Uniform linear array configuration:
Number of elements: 24
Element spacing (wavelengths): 0.75
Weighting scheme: exponential
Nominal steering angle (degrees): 0
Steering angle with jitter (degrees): -1.916
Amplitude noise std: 0.05
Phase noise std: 0.05

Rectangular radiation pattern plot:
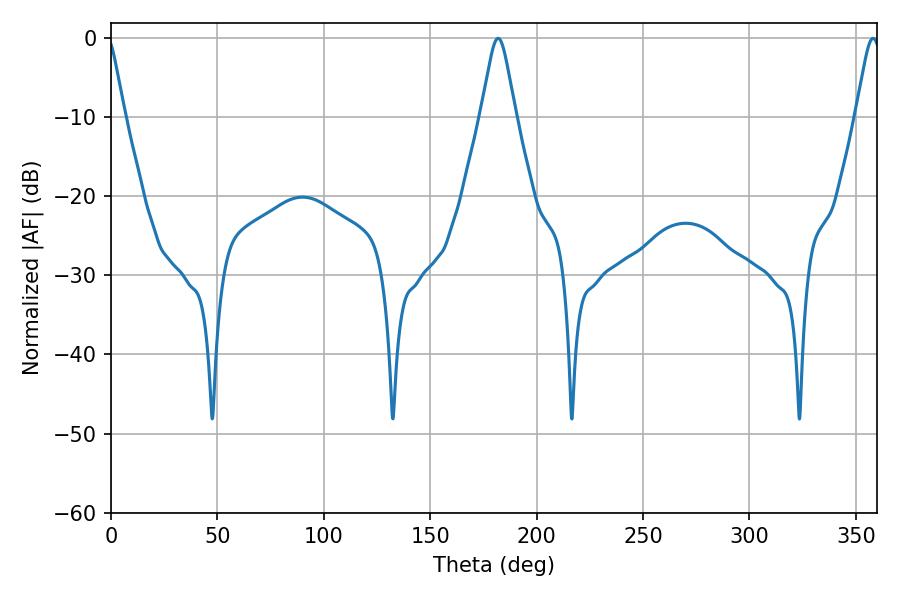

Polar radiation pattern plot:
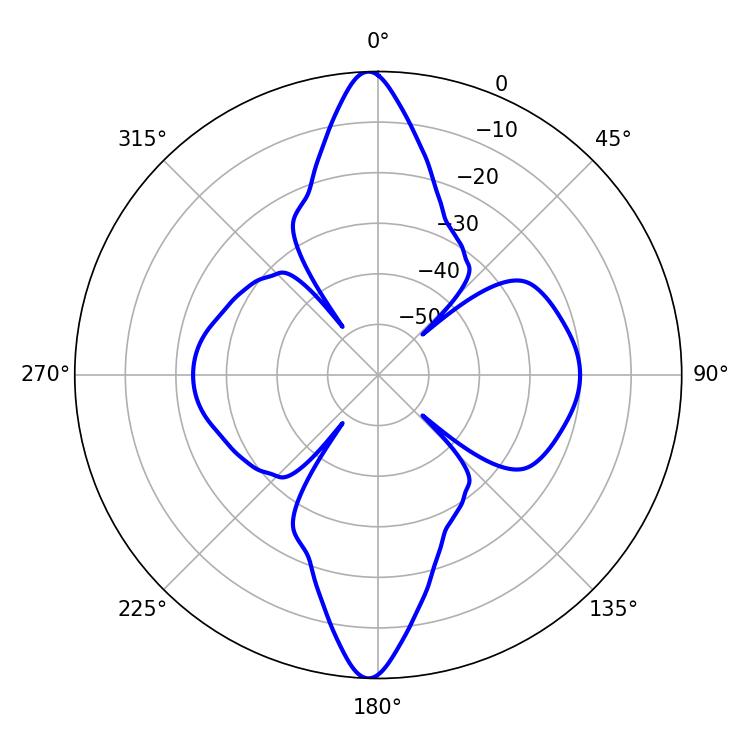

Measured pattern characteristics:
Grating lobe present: TRUE
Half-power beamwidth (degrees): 7.74
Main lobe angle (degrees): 181.98